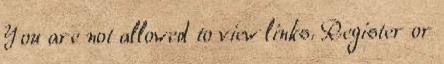
You are not allowed to view links. Register or